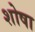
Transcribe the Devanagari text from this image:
शोषा